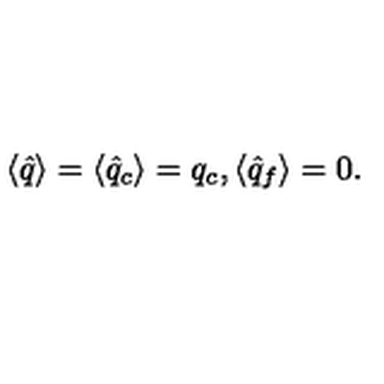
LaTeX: \langle \hat { q } \rangle = \langle \hat { q } _ { c } \rangle = q _ { c } , { } \langle \hat { q } _ { f } \rangle = 0 .